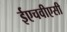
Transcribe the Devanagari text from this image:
ईएचवीएसी